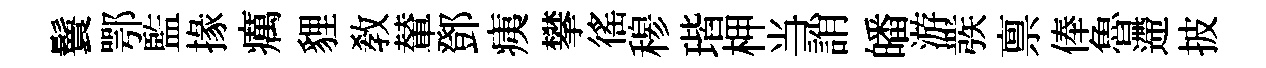
鬟鄂監掾癘貍敎輦鄧痍攀徭𥠇瑎柙当誚皤游彂禀俸魯遰披